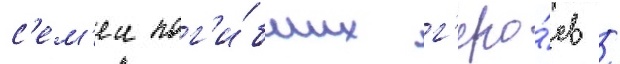
с'ем'еи пог'и́бших г'еро́ев /